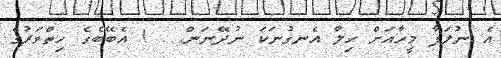
އެ ނުލަފާ މީހާއަށް ހިލާ އެނގުނަކަ ނުދޭނަން. . ! އެބޭބެގެ ހިތްވަރުގެ